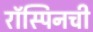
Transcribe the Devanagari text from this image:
रॉस्पिनची